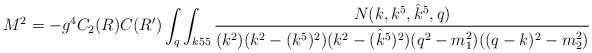
LaTeX: \begin{align*}M^2 = - g^4 C_2(R) C(R') \int_q \int_{k55}{ N(k,k^5,{\hat k}^5,q)\over (k^2)(k^2 - (k^5)^2)(k^2 -( {\hat k}^5)^2) (q^2-m_1^2)((q-k)^2-m_2^2)} \end{align*}